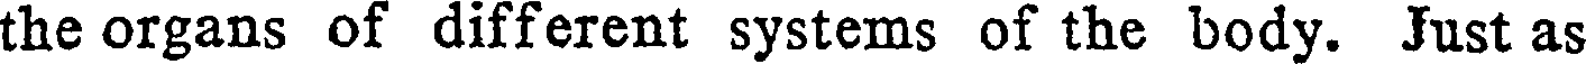
the organs of different systems of the body. Just as